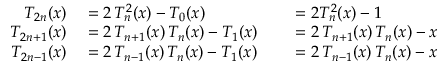
\begin{array} { r l r l } { T _ { 2 n } ( x ) } & { { } = 2 \, T _ { n } ^ { 2 } ( x ) - T _ { 0 } ( x ) } & { } & { { } = 2 T _ { n } ^ { 2 } ( x ) - 1 } \\ { T _ { 2 n + 1 } ( x ) } & { { } = 2 \, T _ { n + 1 } ( x ) \, T _ { n } ( x ) - T _ { 1 } ( x ) } & { } & { { } = 2 \, T _ { n + 1 } ( x ) \, T _ { n } ( x ) - x } \\ { T _ { 2 n - 1 } ( x ) } & { { } = 2 \, T _ { n - 1 } ( x ) \, T _ { n } ( x ) - T _ { 1 } ( x ) } & { } & { { } = 2 \, T _ { n - 1 } ( x ) \, T _ { n } ( x ) - x } \end{array}